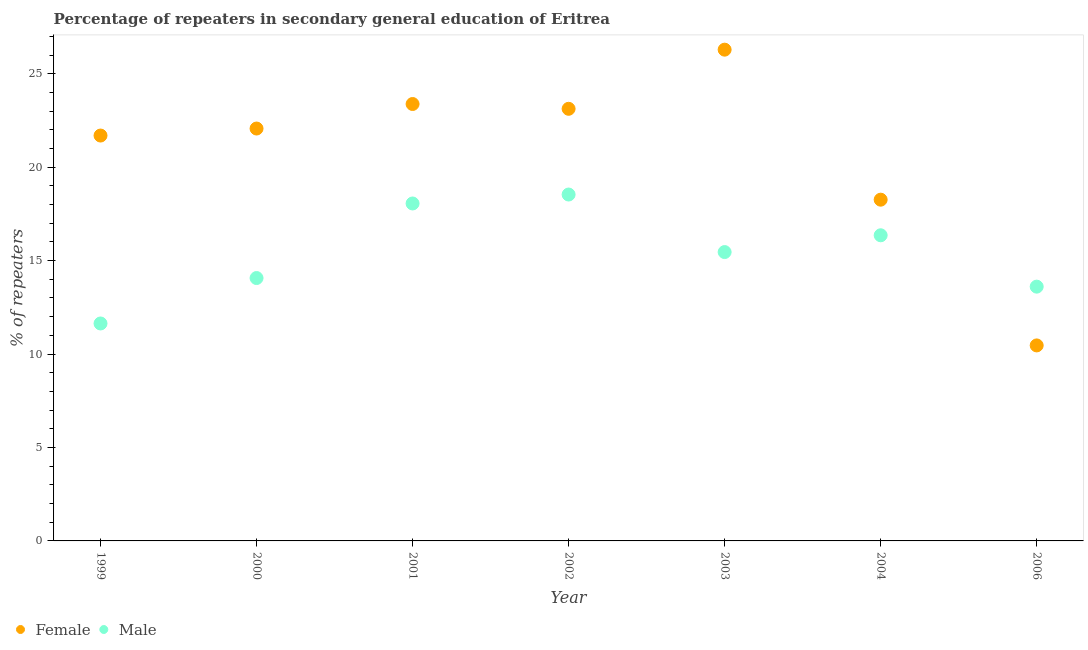
| Year | Female | Male |
 | --- | --- | --- |
 | 1999 | 21.7 | 11.6 |
 | 2000 | 22.1 | 14.1 |
 | 2001 | 23.4 | 18.1 |
 | 2002 | 23.1 | 18.5 |
 | 2003 | 26.3 | 15.5 |
 | 2004 | 18.3 | 16.4 |
 | 2006 | 10.5 | 13.6 |